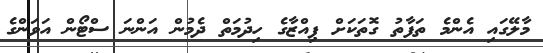
މާލޭގައި އެންމެ ތަފާތު ގޮތަކަށް ޕިއްޒާގެ ހިދުމަތް ދެމުން އަންނަ ސްޓޯން އަވަންގެ